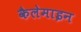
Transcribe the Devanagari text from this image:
कैलेमाइन